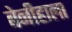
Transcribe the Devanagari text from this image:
बेनीहाला